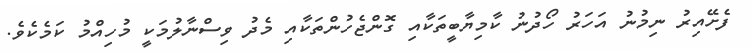
ފެށޭއިރު ނިމުނު އަހަރު ހޯދުނު ކާމިޔާބީތަކާއި ގޮންޖެހުންތަކާއި މެދު ވިސްނާލުމަކީ މުހިއްމު ކަމެކެވެ.